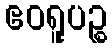
ဧဝရူပဉ္စ